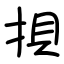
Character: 𢭲